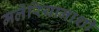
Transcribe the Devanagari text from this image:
मलेरियानाशी